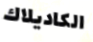
الكاديلاك